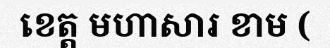
ខេត្ត មហាសារ ខាម (